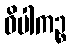
ဝိပါကဉ္စ